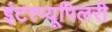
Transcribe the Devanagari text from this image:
इंटरप्यूपिलरी